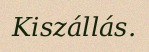
Kiszállás.